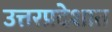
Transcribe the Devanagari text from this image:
उत्तरप्रदेशात